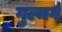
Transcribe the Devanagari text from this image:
गुल्मर्ग